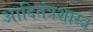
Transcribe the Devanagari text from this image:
आदितंत्रशास्त्र